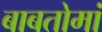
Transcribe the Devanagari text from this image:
बाबतोमां